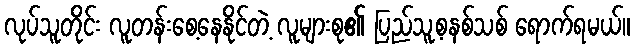
လုပ်သူတိုင်း လူတန်းစေ့နေနိုင်တဲ့ လူများစု၏ ပြည်သူ့စနစ်သစ် ရောက်ရမယ်။